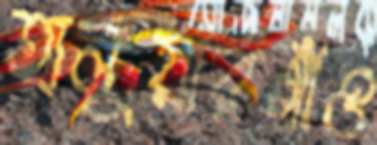
হালুয়ারগাঁও